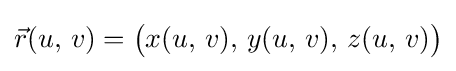
{\vec {r}}(u,\,v)={\bigl (}x(u,\,v),\,y(u,\,v),\,z(u,\,v){\bigr )}